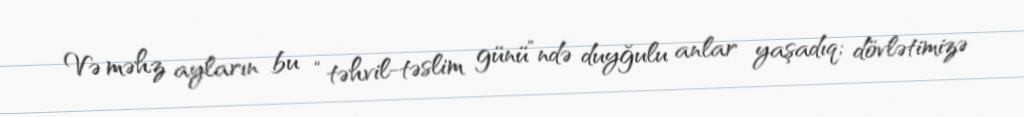
Və məhz ayların bu “təhvil-təslim günü”ndə duyğulu anlar yaşadıq; dövlətimizə